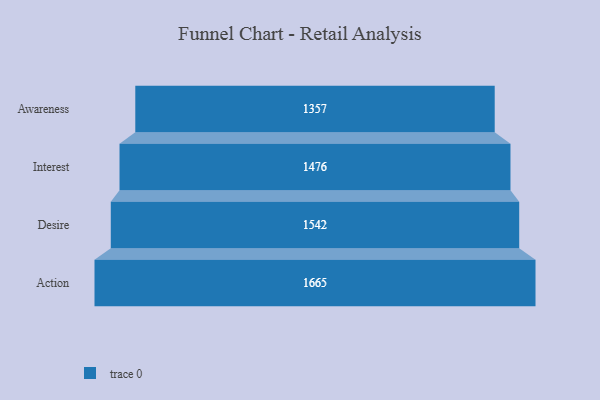
{"axis": {"x": "Stage", "y": "Value"}, "legend": [""], "data": [{"x": "Awareness", "y": 1357.0, "type": ""}, {"x": "Interest", "y": 1476.0, "type": ""}, {"x": "Desire", "y": 1542.0, "type": ""}, {"x": "Action", "y": 1665.0, "type": ""}]}